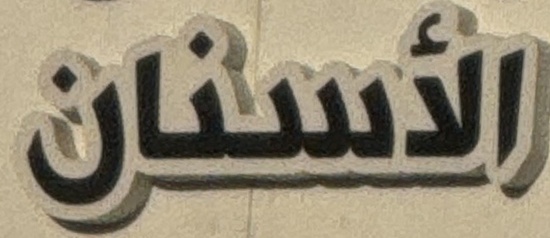
اللأسنان